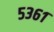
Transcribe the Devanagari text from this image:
५३६१